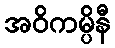
အဝိကမ္ပိနီ